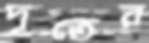
দূতের